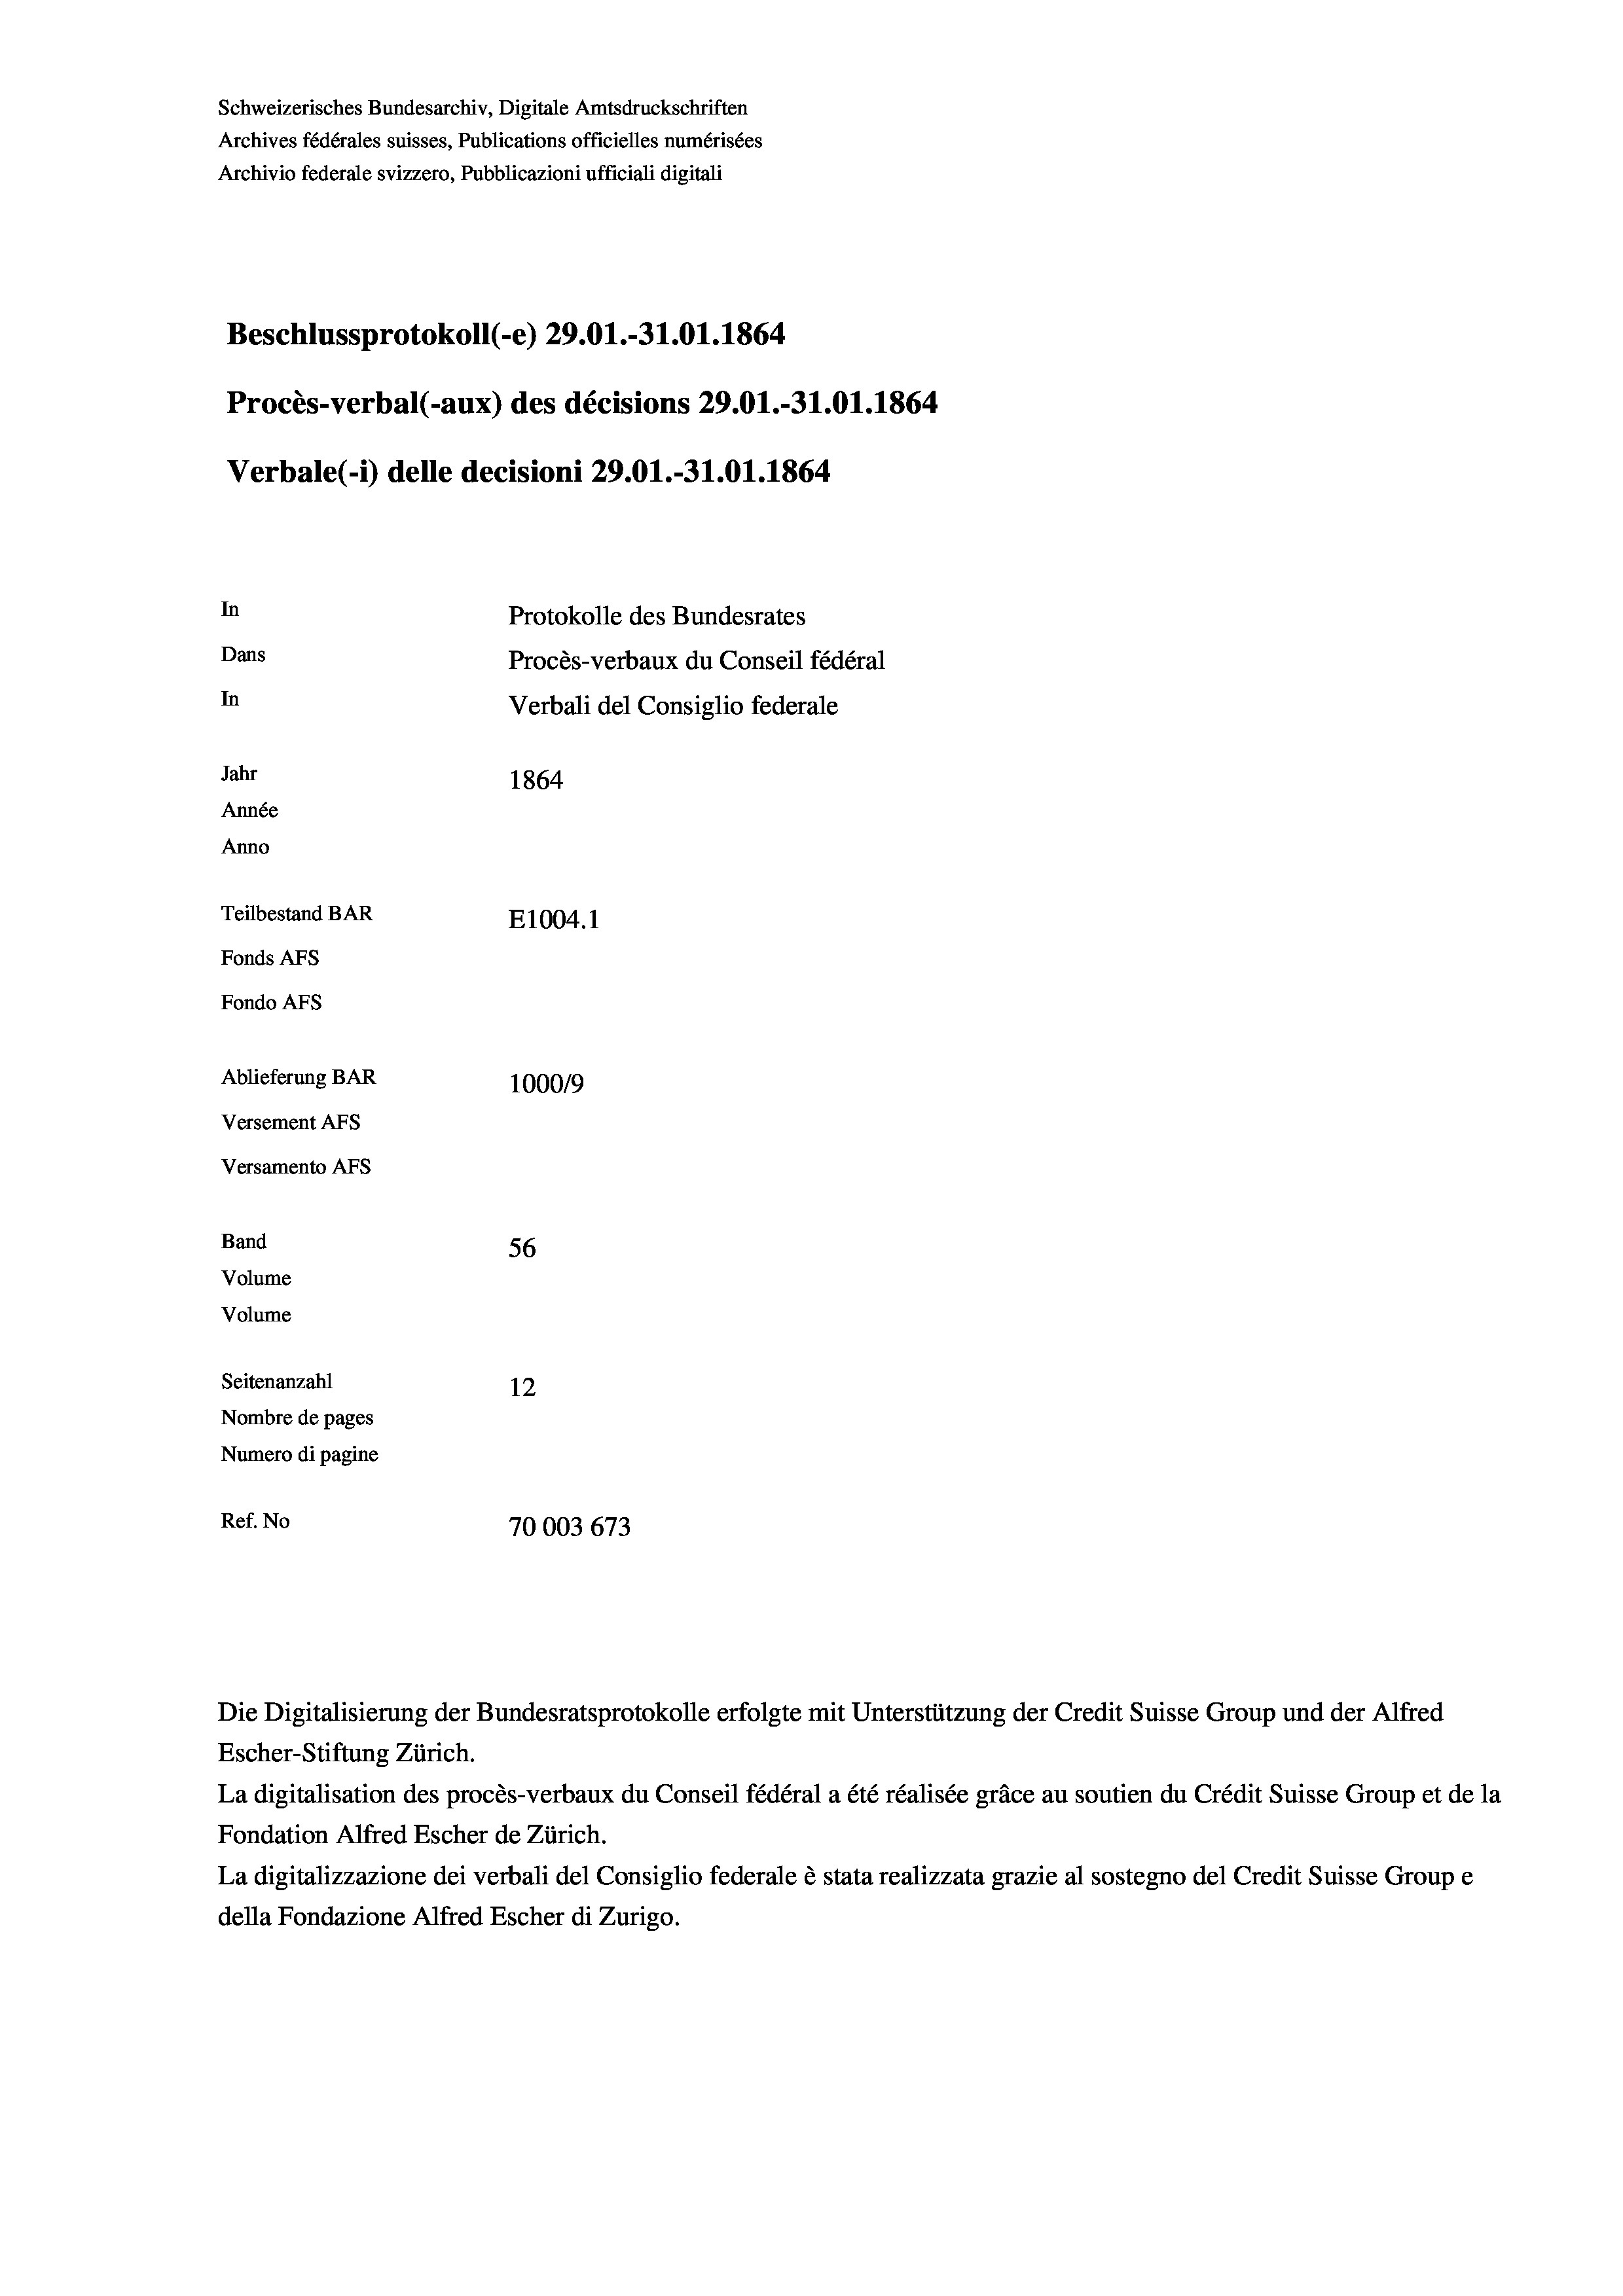
Schweizerisches Bundesarchiv, Digitale Amtsdruckschriften
Archives fédérales suisses, Publications officielles numérisées
Archivio federale svizzero, Pubblicazioni ufficiali digitali
Beschlussprotokoll (-e) 29.01.-31.01. 1864
Procès-verbal (-aux) des décisions 29.01.-31.01. 1864
Verbale(-*) delle decisioni 29.01.-31.01. 1864
In
Protokolle des Bundesrates
Dans
Procès-verbaux du Conseil fédéral
In
Verbali del Consiglio federale
Jahr
1864
Année
Anno
Teilbestand BAR
E1004.1
Fonds AFs
Fondo AFS
Ablieferung BAR
100019
Versement As
Versamento Afs
Band
56
Volume
Volume

Seitenanzahl
12
Nombre de pages
Numero di pagine
Ref. No
70003673

La digitalisation des procès-verbaux du Conseil fédéral a été réalisée gräce au soutien du Crédit Suisse Group et de la
Fondation Alfred Escher de Zürich.
La digitalizzazione dei verbali del Consiglio federale è stata realizzata grazie al sostegno del Credit Suisse Groupe
della Fondazione Alfred Escher di Zurigo.

Die Digitalisierung der Bundesratsprotokolle erfolgte mit Unterstützung der Credit Suisse Group und der Alfred
Escher-Stiftung Zürich.